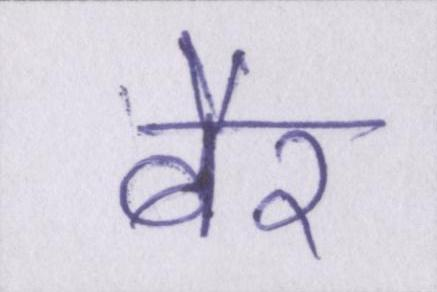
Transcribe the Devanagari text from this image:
बैर